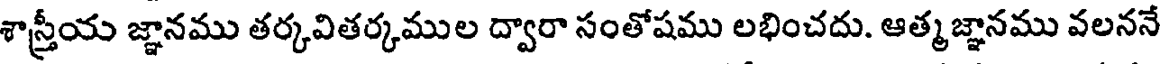
శాస్త్రీయ జ్ఞానము తర్కవితర్కముల ద్వారా సంతోషము లభించదు. ఆత్మజ్ఞానము వలననే